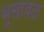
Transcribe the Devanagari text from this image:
भूसावळ